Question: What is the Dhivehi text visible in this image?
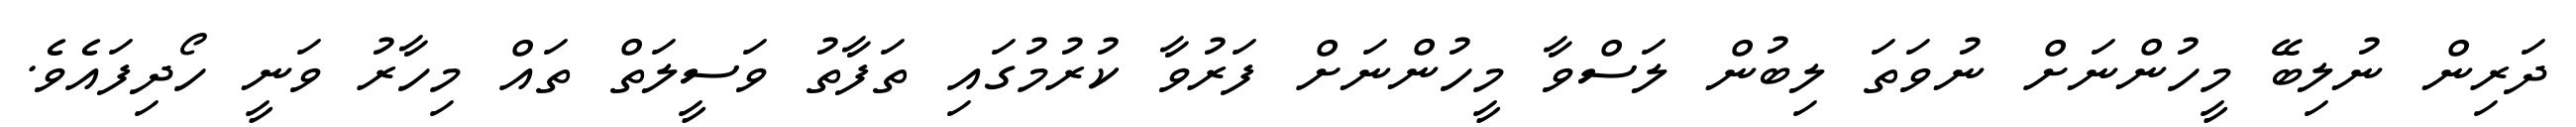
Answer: ދަރިން ނުލިބޭ މީހުންނަށް ނުވަތަ ލިބުން ލަސްވާ މީހުންނަށް ފަރުވާ ކުރުމުގައި ތަފާތު ވަސީލަތް ތައް މިހާރު ވަނީ ހޯދިފައެވެ.